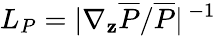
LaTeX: L_{P}=|\nabla_{\mathbf{z}}\overline{{{P}}}/\overline{{{P}}}|^{\, -1}